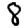
Digit: 8